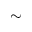
\sim